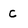
Character: C